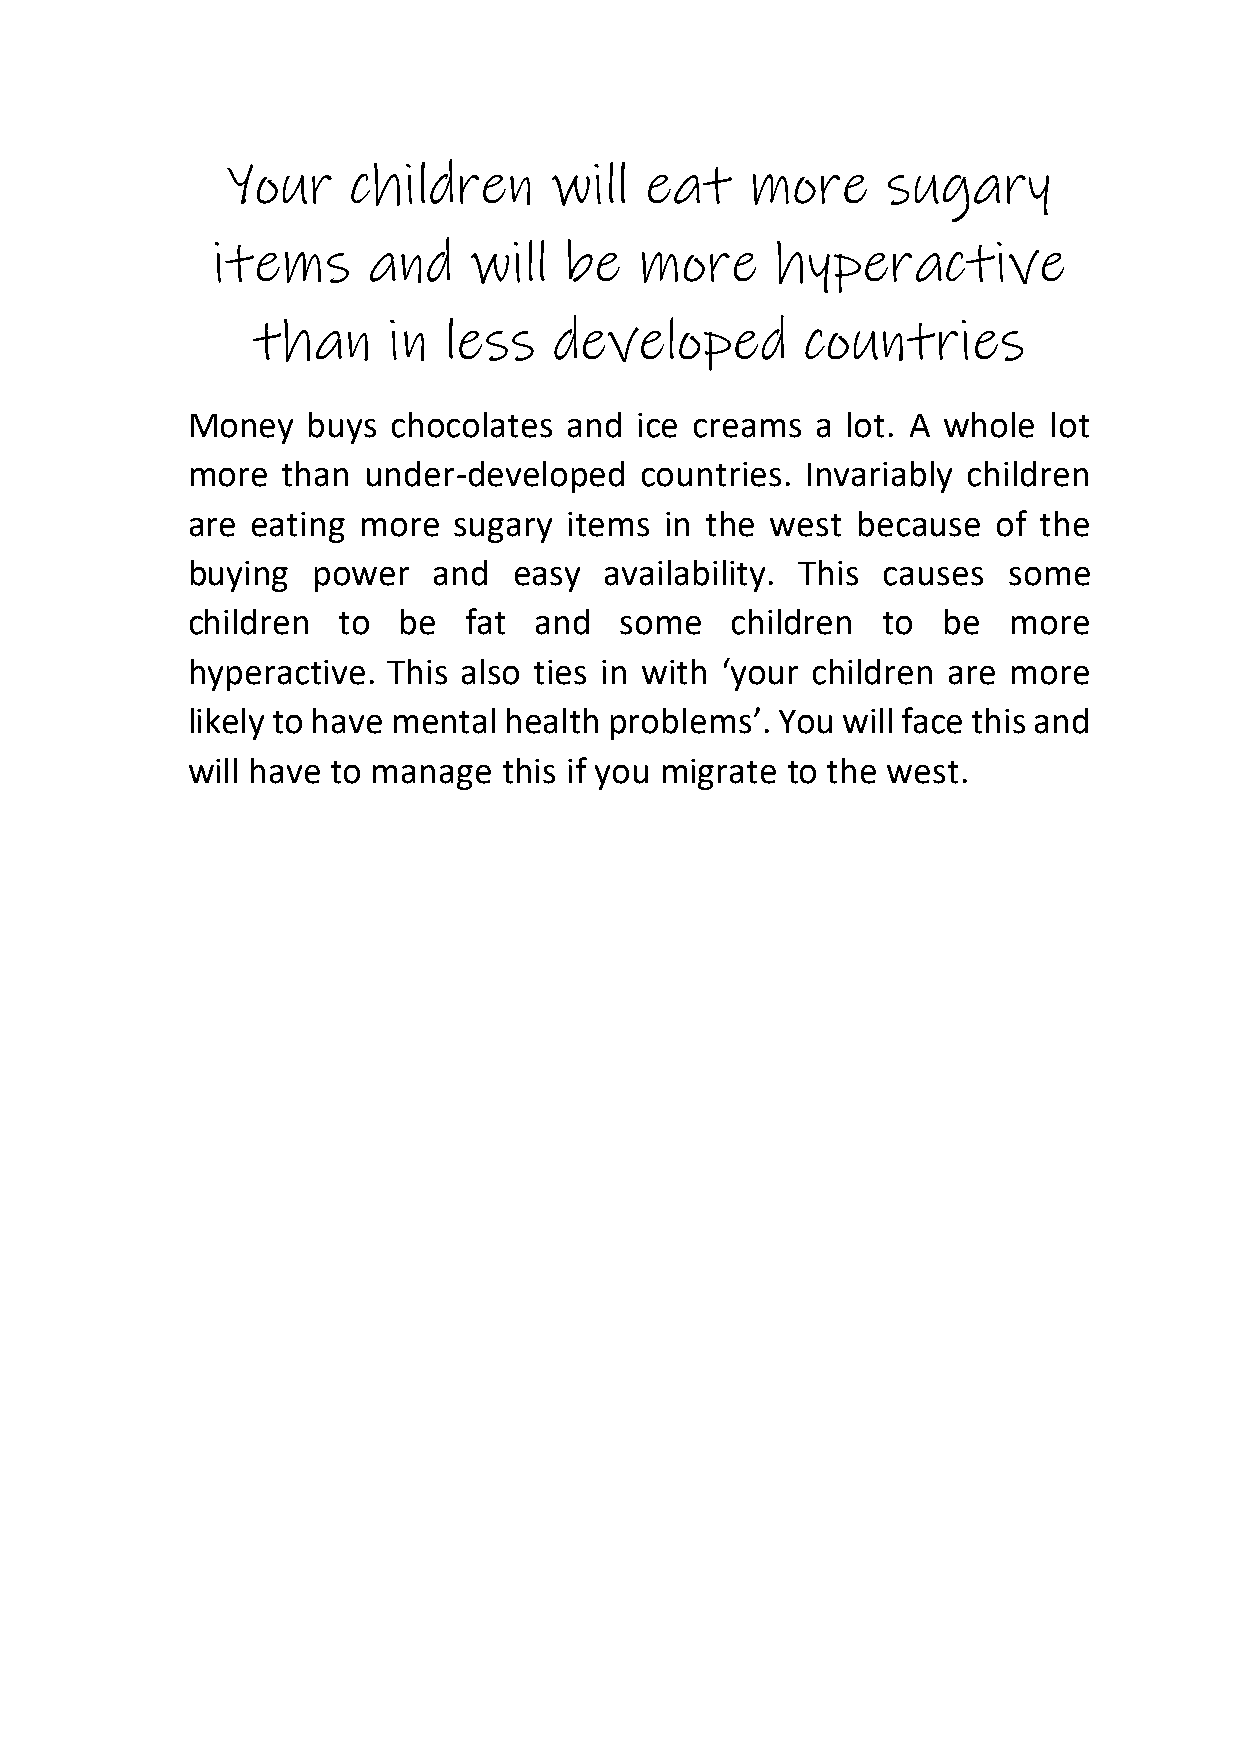
Your    children     will   eat    more     sugary
 items     and    will  be   more     hyperactive
 than     in less    developed       countries
 Money   buys  chocolates  and ice creams  a lot. A whole lot
 more   than under-developed   countries. Invariably children
 are  eating more  sugary  items in the west  because  of the
 buying   power   and  easy  availability. This causes  some
 children  to  be   fat and   some   children  to  be   more
 hyperactive.  This also ties in with ‘your children are more
 likely to have mental health problems’. You will face this and
 will have to manage  this if you migrate to the west.